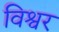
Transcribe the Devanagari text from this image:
विश्वर